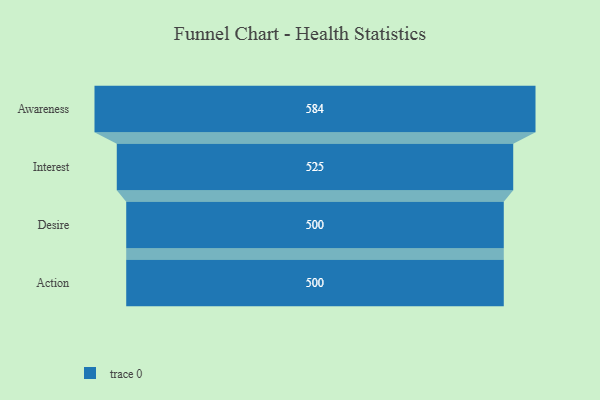
{"axis": {"x": "Stage", "y": "Value"}, "legend": [""], "data": [{"x": "Awareness", "y": 584.0, "type": ""}, {"x": "Interest", "y": 525.0, "type": ""}, {"x": "Desire", "y": 500, "type": ""}, {"x": "Action", "y": 500, "type": ""}]}